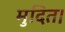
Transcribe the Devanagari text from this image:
मुदित।